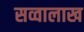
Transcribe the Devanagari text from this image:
सव्वालाख